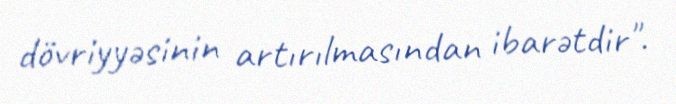
dövriyyəsinin artırılmasından ibarətdir".